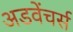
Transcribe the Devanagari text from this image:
अडवेंचर्स